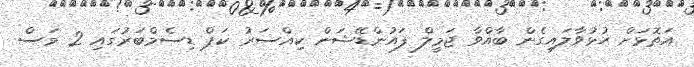
އަތޮޅަށް ހުޅުވާލައިގެން ބާއްވާ ޖަމީލް ފައުންޑޭޝަން ކިއްސަރު ކަޕް ޑިސެމްބަރުގައި 2 މަސް